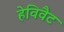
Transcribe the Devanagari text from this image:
हेविवैट